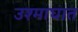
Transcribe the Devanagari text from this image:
उश्माघात